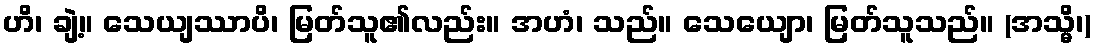
ဟိ၊ ချဲ့။ သေယျဿာပိ၊ မြတ်သူ၏လည်း။ အဟံ၊ သည်။ သေယျော၊ မြတ်သူသည်။ (အသ္မိ၊)